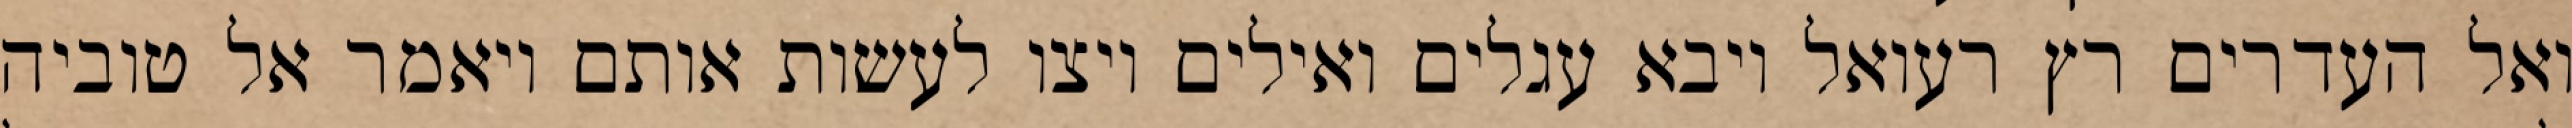
ואל העדרים רץ רעואל ויבא עגלים ואילים ויצו לעשות אותם ויאמר אל טוביה